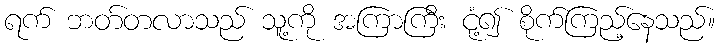
ရက် ဘတ်တလာသည် သူ့ကို အကြာကြီး ငုံ့၍ စိုက်ကြည့်နေသည်။